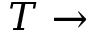
T \rightarrow